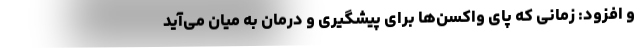
و افزود: زمانی که پای واکسن‌ها برای پیشگیری و درمان به میان می‌آید